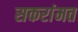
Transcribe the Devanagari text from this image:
सकरांमत